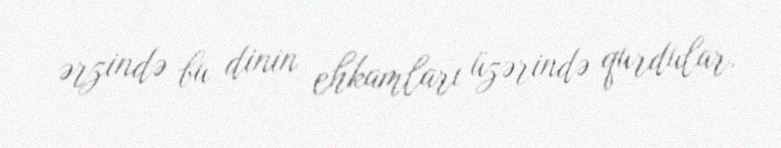
ərzində bu dinin ehkamları üzərində qurdular.